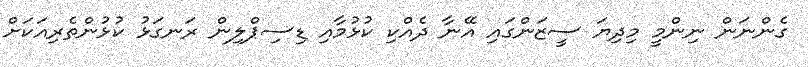
ގެންނަން ނިންމީ މިދިޔަ ސީޒަންގައި އޭނާ ދެއްކި ކުޅުމާއި ޑިސިޕްލިން ރަނގަޅު ކުޅުންތެރިއަކަށް